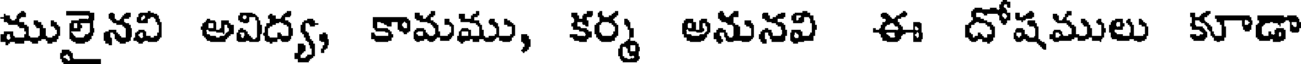
ములైనవి అవిద్య, కామము, కర్మ అనునవి ఈ దోషములు కూడా